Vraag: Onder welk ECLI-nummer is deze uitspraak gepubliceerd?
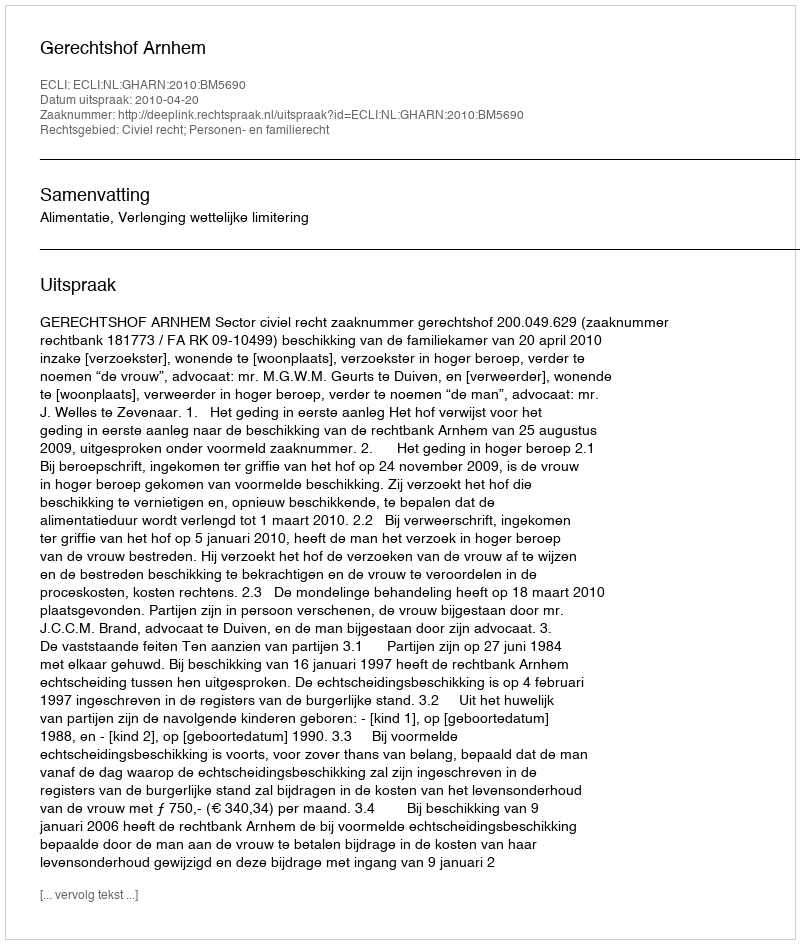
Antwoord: ECLI:NL:GHARN:2010:BM5690